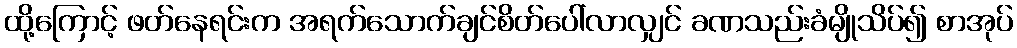
ထို့ကြောင့် ဖတ်နေရင်းက အရက်သောက်ချင်စိတ်ပေါ်လာလျှင် ခဏသည်းခံမျိုသိပ်၍ စာအုပ်